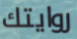
روايتك